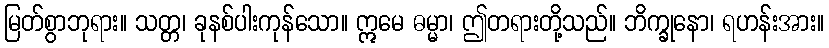
မြတ်စွာဘုရား။ သတ္တ၊ ခုနစ်ပါးကုန်သော။ ဣမေ ဓမ္မာ၊ ဤတရားတို့သည်။ ဘိက္ခုနော၊ ရဟန်းအား။